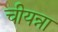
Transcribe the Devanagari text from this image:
चीयन्ना